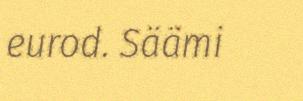
eurod. Säämi